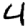
Digit: 4